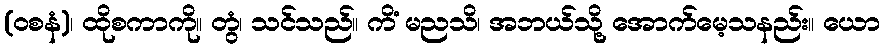
(ဝစနံ)၊ ထိုစကာကို။ တွံ၊ သင်သည်။ ကိံ မညသိ၊ အဘယ်သို့ အောက်မေ့သနည်း။ ယော